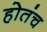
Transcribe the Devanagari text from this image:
होतंच